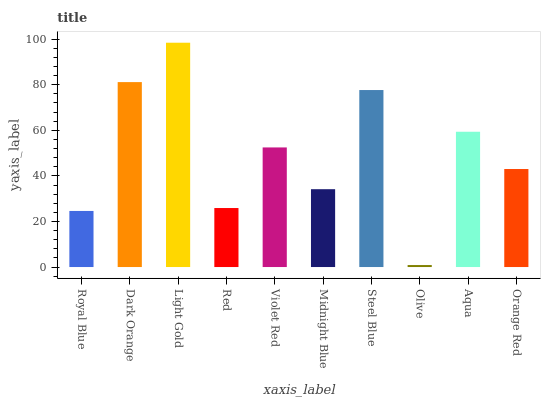
| xaxis_label | bars |
 | --- | --- |
 | Royal Blue | 24.6 |
 | Dark Orange | 81.2 |
 | Light Gold | 98.4 |
 | Red | 25.9 |
 | Violet Red | 52.5 |
 | Midnight Blue | 34.2 |
 | Steel Blue | 77.7 |
 | Olive | 0.873 |
 | Aqua | 59.4 |
 | Orange Red | 43 |